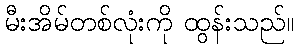
မီးအိမ်တစ်လုံးကို ထွန်းသည်။